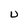
Character: U